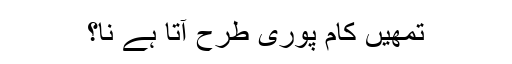
تمھیں کام پوری طرح آتا ہے نا؟